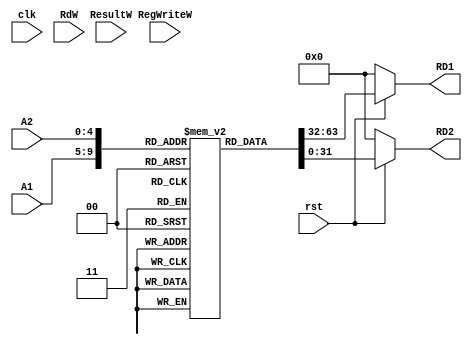
module regfile(
    clk,
    rst,
    A1,
    A2,
    RdW,
    ResultW,
    RegWriteW,//
    RD1,
    RD2

);

input clk,rst;
input RegWriteW;
input [4:0] A1,A2,RdW;
input [31:0] ResultW;

output reg [31:0] RD1, RD2; 

reg[31:0] Register[31:0];
////////////////////////////////////
initial begin
    Register[0] = 32'h00000000;
end

//read data.
assign RD1 = (rst == 1'b0) ? 32'd0 : Register[A1];
assign RD2 = (rst == 1'b0) ? 32'd0 : Register[A2];

always @(posedge clk) begin
    if (RegwriteW && (RdW != 0)) begin
        Registers[RdW] <= ResultW;
    end
end

endmodule